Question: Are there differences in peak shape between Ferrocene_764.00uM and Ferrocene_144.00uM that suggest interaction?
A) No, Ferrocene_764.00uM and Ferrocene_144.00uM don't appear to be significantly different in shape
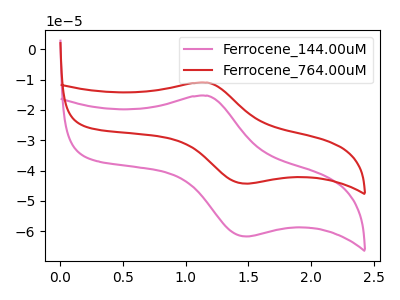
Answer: <think>The pink curve "Ferrocene_144.00uM" has an anodic peak at (1.20V, -15.30uA) and a cathodic peak at (1.50V, -61.70uA). The red curve "Ferrocene_764.00uM" has an anodic peak at (1.20V, -11.00uA) and a cathodic peak at (1.50V, -44.30uA).
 All the peaks in "Ferrocene_764.00uM" have a peak in "Ferrocene_144.00uM" at the same potential.</think>
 <answer>A) No, "Ferrocene_764.00uM" and "Ferrocene_144.00uM" don't appear to be significantly different in shape</answer>
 <eval>A</eval>